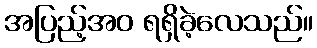
အပြည့်အဝ ရရှိခဲ့လေသည်။